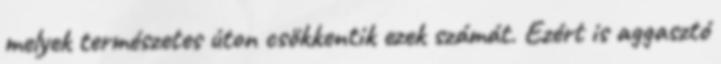
melyek természetes úton csökkentik ezek számát. Ezért is aggasztó